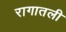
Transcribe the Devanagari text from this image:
रागातली